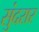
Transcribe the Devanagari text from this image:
सुंदरार